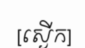
[ស្ងើក]